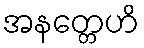
အနတ္တေဟိ